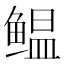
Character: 鳁